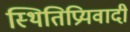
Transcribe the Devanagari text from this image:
स्थितिप्रियवादी